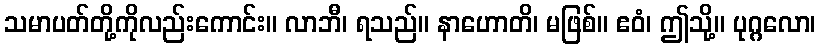
သမာပတ်တို့ကိုလည်းကောင်း။ လာဘီ၊ ရသည်။ နာဟောတိ၊ မဖြစ်။ ဧဝံ၊ ဤသို့။ ပုဂ္ဂလော၊